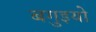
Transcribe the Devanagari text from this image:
बगुइयो